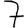
Digit: 7